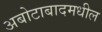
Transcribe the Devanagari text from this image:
अबोटाबादमधील